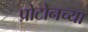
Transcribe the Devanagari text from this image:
प्रोटोनच्या